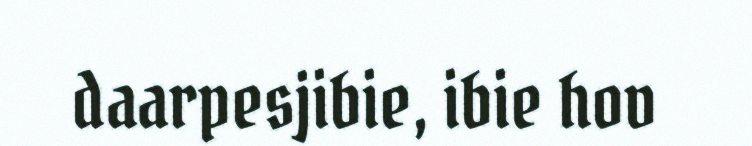
daarpesjibie, ibie hov